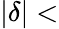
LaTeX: |\delta|<